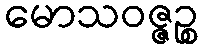
မောသဝဇ္ဇဉ္စ